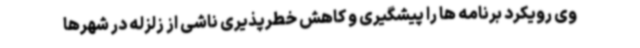
وی رویکرد برنامه ها را پیشگیری و کاهش خطرپذیری ناشی از زلزله در شهرها